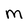
Character: M